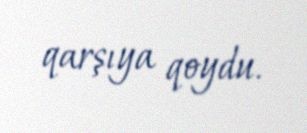
qarşıya qoydu.